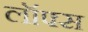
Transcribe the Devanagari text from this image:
लॉफ्स